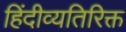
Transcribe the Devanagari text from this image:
हिंदीव्यतिरिक्त